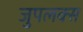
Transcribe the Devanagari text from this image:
जुपलक्स